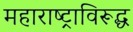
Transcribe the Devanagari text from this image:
महाराष्ट्राविरूद्ध